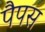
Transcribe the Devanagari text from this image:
पैपस